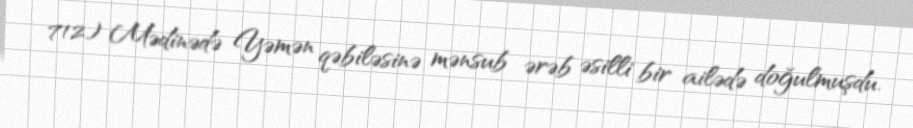
712) Mədinədə Yəmən qəbiləsinə mənsub ərəb əsilli bir ailədə doğulmuşdu.